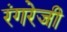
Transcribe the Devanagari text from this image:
रंगरेजी